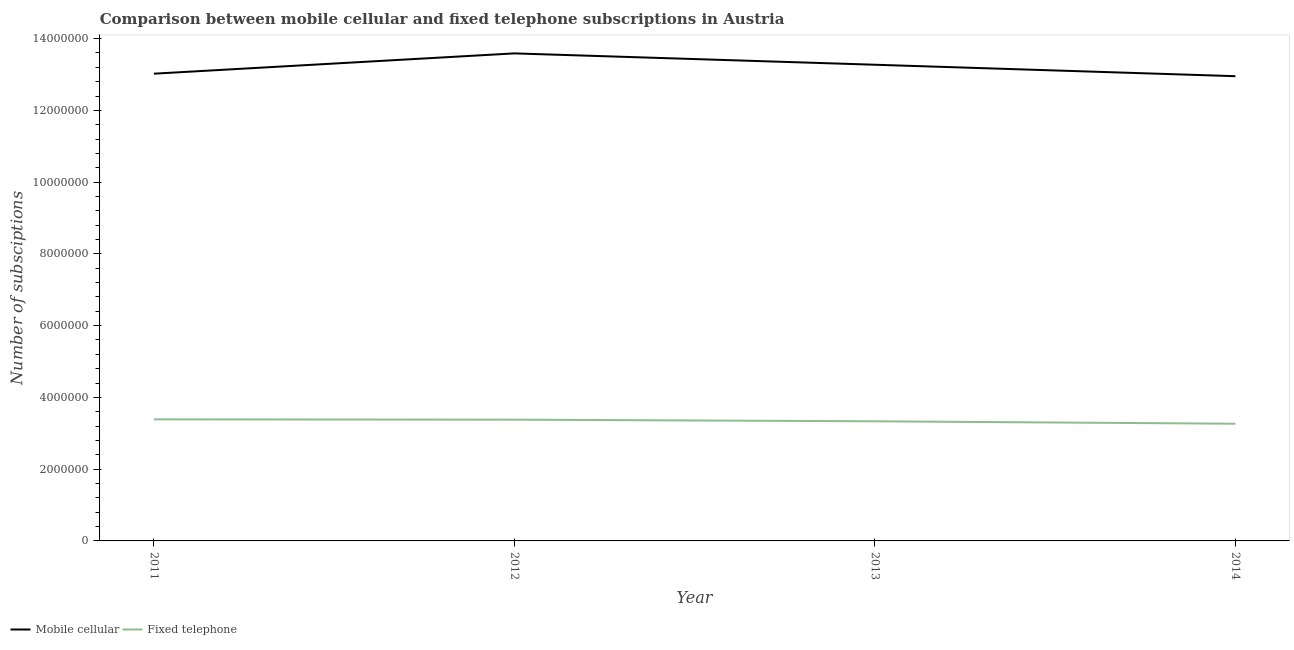
| Year | Mobile cellular | Fixed telephone |
 | --- | --- | --- |
 | 2011 | 1.3e+07 | 3.39e+06 |
 | 2012 | 1.36e+07 | 3.38e+06 |
 | 2013 | 1.33e+07 | 3.33e+06 |
 | 2014 | 1.3e+07 | 3.27e+06 |